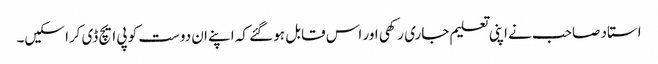
استاد صاحب نے اپنی تعلیم جاری رکھی اور اس قابل ہو گئے کہ اپنے ان دوست کو پی ایچ ڈی کرا سکیں۔